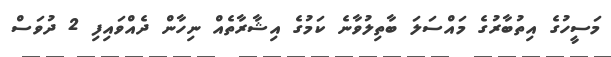
މަސީހުގެ އިތުބާރުގެ މައްސަލަ ބާތިލުވާނެ ކަމުގެ އިޝާރާތެއް ނިހާން ދެއްވައިފި 2 ދުވަސް